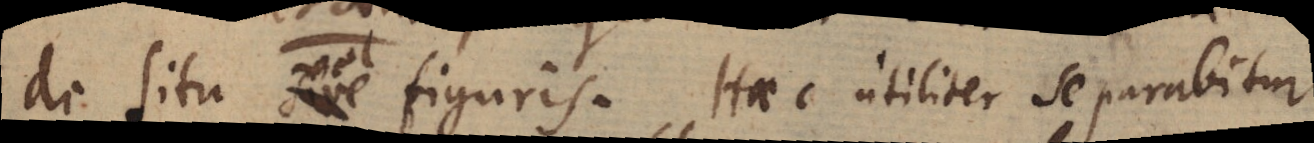
de situ vel figuris. Haec utiliter separabitur